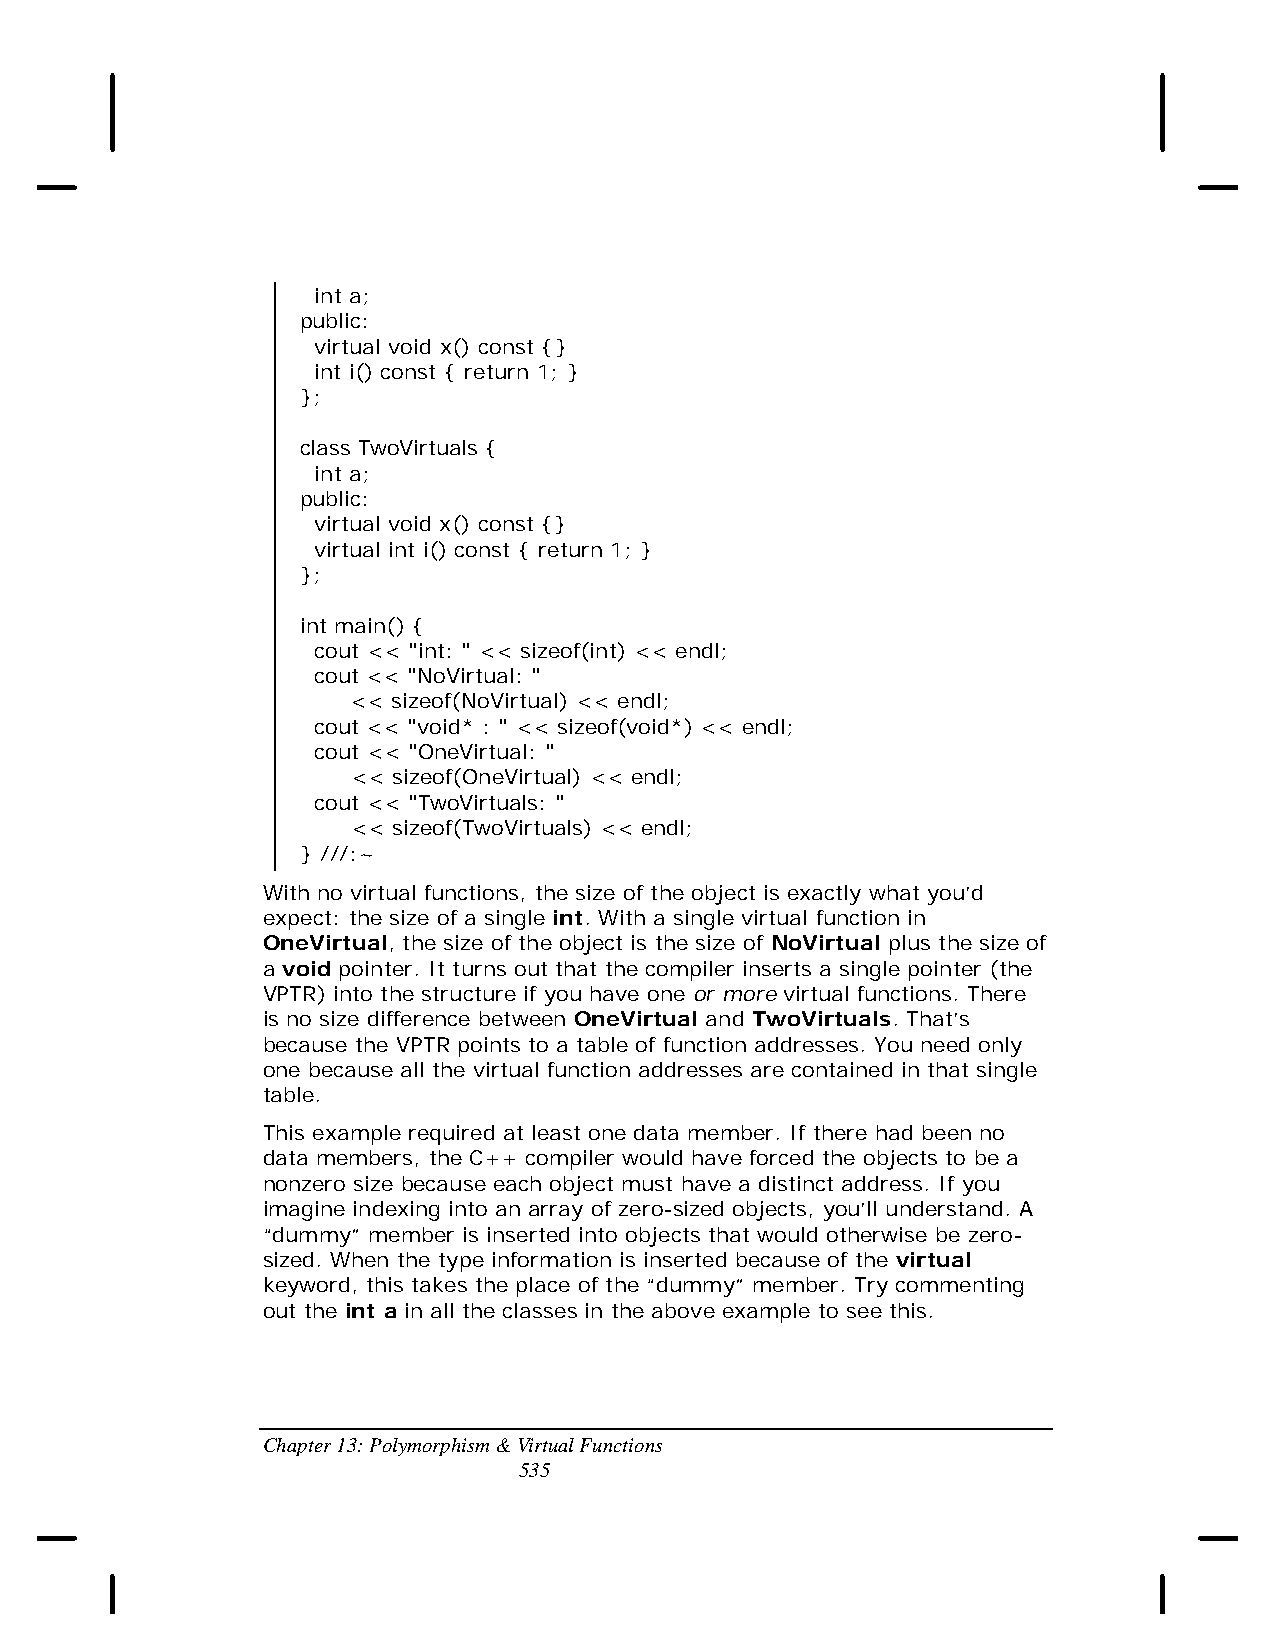
int a;
 public:
 virtual void x() const {}
 int i() const { return 1; }
 };
 class TwoVirtuals {
 int a;
 public:
 virtual void x() const {}
 virtual int i() const { return 1; }
 };
 int main() {
 cout << "int: " << sizeof(int) << endl;
 cout << "NoVirtual: "
 << sizeof(NoVirtual) << endl;
 cout << "void* : " << sizeof(void*) << endl;
 cout << "OneVirtual: "
 << sizeof(OneVirtual) << endl;
 cout << "TwoVirtuals: "
 << sizeof(TwoVirtuals) << endl;
 } ///:~
 With no virtual functions, the size of the object is exactly what you’d
 expect: the size of a single int. With a single virtual function in
 OneVirtual, the size of the object is the size of NoVirtual plus the size of
 a void pointer. It turns out that the compiler inserts a single pointer (the
 VPTR) into the structure if you have one or more virtual functions. There
 is no size difference between OneVirtual and TwoVirtuals. That’s
 because the VPTR points to a table of function addresses. You need only
 one because all the virtual function addresses are contained in that single
 table.
 This example required at least one data member. If there had been no
 data members, the C++ compiler would have forced the objects to be a
 nonzero size because each object must have a distinct address. If you
 imagine indexing into an array of zero-sized objects, you’ll understand. A
 “dummy” member is inserted into objects that would otherwise be zero-
 sized. When the type information is inserted because of the virtual
 keyword, this takes the place of the “dummy” member. Try commenting
 out the int a in all the classes in the above example to see this.
 Chapter 13: Polymorphism & Virtual Functions
 535